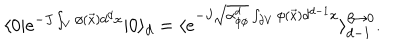
\langle 0 | e ^ { - J \int _ { V } \phi ( \vec { x } ) d ^ { d } x } | 0 \rangle _ { d } = \langle e ^ { - J \sqrt { \alpha _ { \phi \phi } ^ { d } } \int _ { \partial V } \phi ( \vec { x } ) d ^ { d - 1 } x } \rangle _ { d - 1 } ^ { \beta \to 0 } .